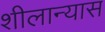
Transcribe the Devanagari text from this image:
शीलान्यास